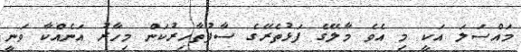
މައްސަލަ އަކީ މި އެވެ މާލޭގެ ފަޅުތެރޭގެ ސާފުތާހިރުކަން މިހާރު އަނެއްކާ ވަނީ